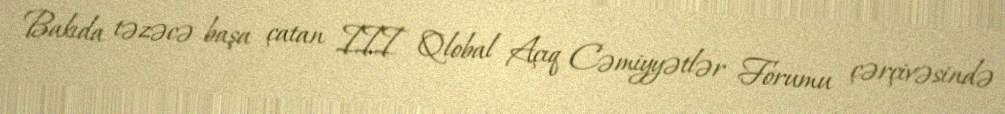
Bakıda təzəcə başa çatan III Qlobal Açıq Cəmiyyətlər Forumu çərçivəsində